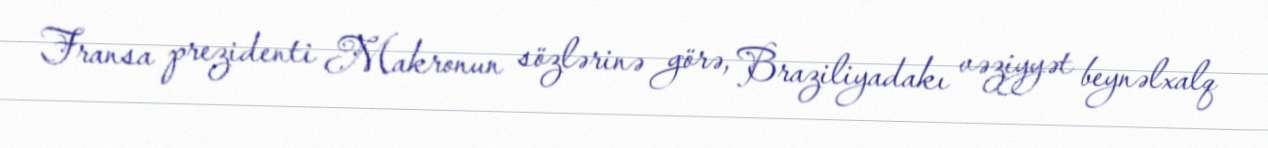
Fransa prezidenti Makronun sözlərinə görə, Braziliyadakı vəziyyət beynəlxalq